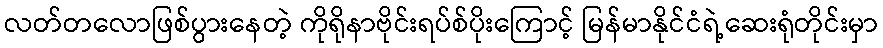
လတ်တလောဖြစ်ပွားနေတဲ့ ကိုရိုနာဗိုင်းရပ်စ်ပိုးကြောင့် မြန်မာနိုင်ငံရဲ့ဆေးရုံတိုင်းမှာ